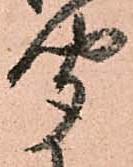
聞